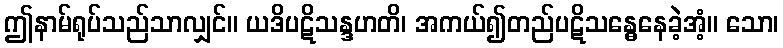
ဤနာမ်ရုပ်သည်သာလျှင်။ ယဒိပဋိသန္ဒဟတိ၊ အကယ်၍တည်ပဋိသန္ဓေနေခဲ့အံ့။ သော၊